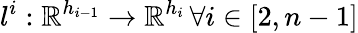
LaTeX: l^{i}:\mathbb{R}^{h_{i-1}}\rightarrow\mathbb{R}^{h_{i}}\, \forall i\in[2,n-1]